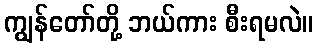
ကျွန်တော်တို့ ဘယ်ကား စီးရမလဲ။